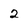
Character: 2